Indian journal of veterinary science and animal husbandry - Volume 10,
Year: 1940
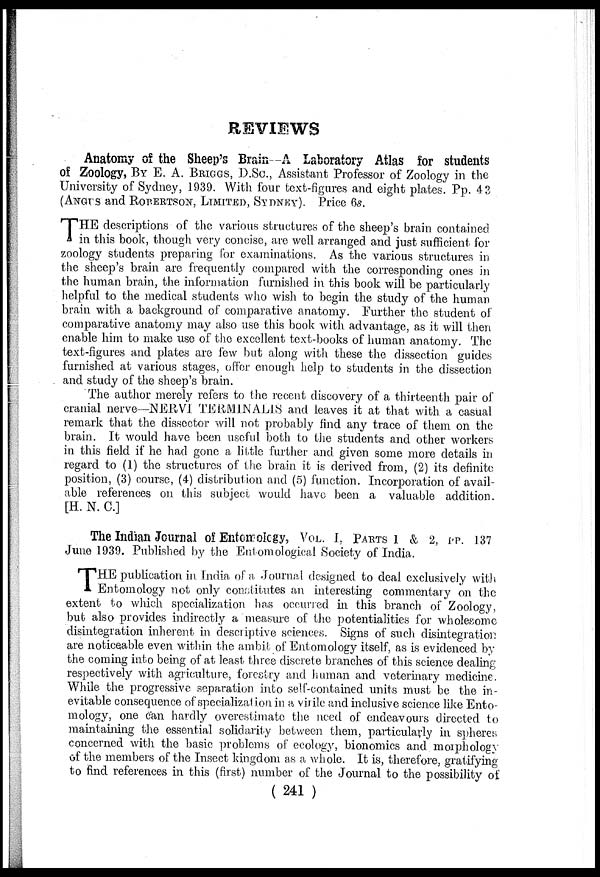
REVIEWS
Anatomy of the Sheep's Brain--A Laboratory Atlas for students
of Zoology, BY E. A. BRIGGS, D.Sc., Assistant Professor of Zoology in the
University of Sydney, 1939. With four text-figures and eight plates. Pp. 43
(ANGUS AND ROBERTSON, LIMITED, SYDNEY). Price 6s.
T HE descriptions of the various structures of the sheep's brain contained
in this book, though very concise, are well arranged and just sufficient for
zoology students preparing for examinations. As the various structures in
the sheep's brain are frequently compared with the corresponding ones in
the human brain, the information furnished in this book will be particularly
helpful to the medical students who wish to begin the study of the human
brain with a background of comparative anatomy. Further the student of
comparative anatomy may also use this book with advantage, as it will then
enable him to make use of the excellent text-books of human anatomy. The
text-figures and plates are few but along with these the dissection guides
furnished at various stages, offer enough help to students in the dissection
and study of the sheep's brain.
The author merely refers to the recent discovery of a thirteenth pair of
cranial nerve—NERVI TERMINALIS and leaves it at that with a casual
remark that the dissector will not probably find any trace of them on the
brain. It would have been useful both to the students and other workers
in this field if he had gone a little further and given some more details in
regard to (1) the structures of the brain it is derived from, (2) its definite
position, (3) course, (4) distribution and (5) function. Incorporation of avail-
able references on this subject would have been a valuable addition.
[H. N. C]
The Indian Journal of Entomology, VOL. L PARTS 1 & 2, PP. 137
June 1939. Published by the Entomological Society of India.
T HE publication in India of a Journal designed to deal exclusively with
Entomology not only constitutes an interesting commentary on the
extent to which specialization has occurred in this branch of Zoology,
but also provides indirectly a measure of the potentialities for wholesome
disintegration inherent in descriptive sciences. Signs of such disintegration
are noticeable even within the ambit of Entomology itself, as is evidenced by
the coming into being of at least three discrete branches of this science dealing
respectively with agriculture, forestry and human and veterinary medicine.
While the progressive separation into self-contained units must be the in-
evitable consequence of specialization in a virile and inclusive science like Ento-
mology, one can hardly overestimate the need of endeavours directed to
maintaining the essential solidarity between them, particularly in spheres
concerned with the basic problems of ecology, bionomics and morphology
of the members of the Insect kingdom as a whole. It is, therefore, gratifying
to find references in this (first) number of the Journal to the possibility of
(241 )